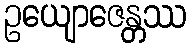
ဥယျောဇေန္တဿ